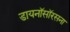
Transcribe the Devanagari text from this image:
डायनॉसॉरसना